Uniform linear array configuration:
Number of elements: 4
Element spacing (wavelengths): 0.25
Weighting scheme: exponential
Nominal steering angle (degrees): -45
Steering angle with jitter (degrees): -43.321
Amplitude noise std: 0.05
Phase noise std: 0.05

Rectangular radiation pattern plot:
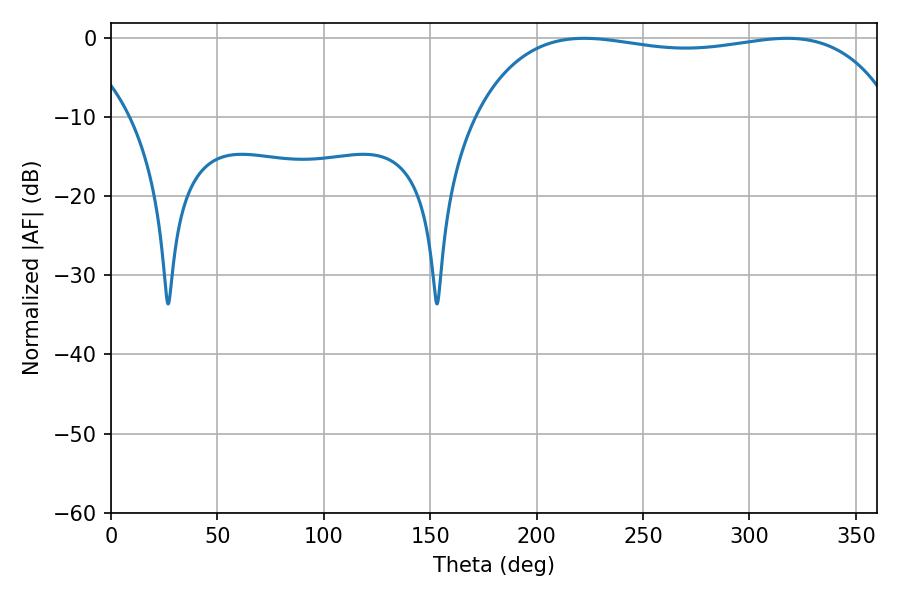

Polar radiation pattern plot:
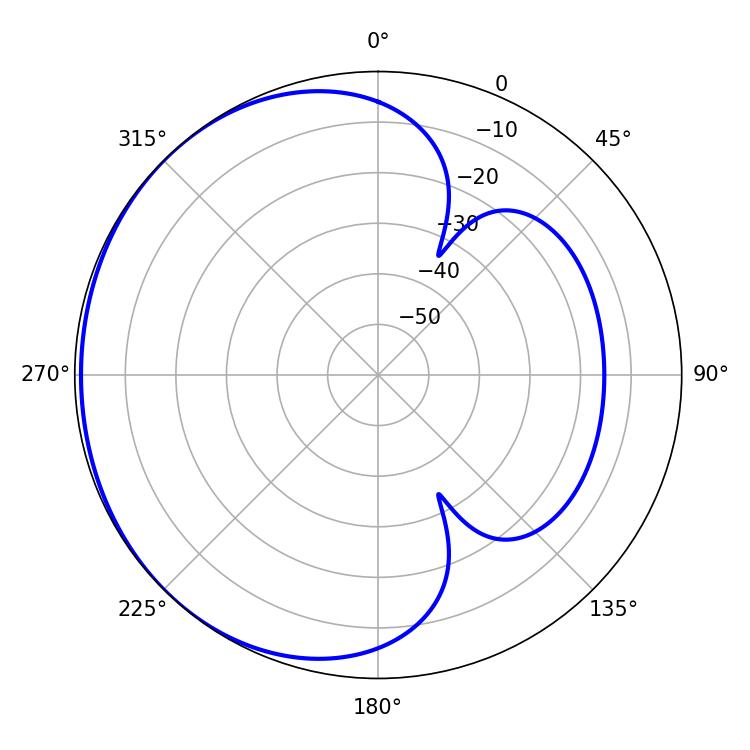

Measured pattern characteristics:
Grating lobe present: FALSE
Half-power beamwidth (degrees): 159.12
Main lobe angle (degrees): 222.3